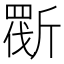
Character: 𣂿